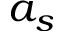
a _ { s }